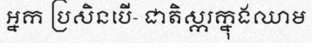
អ្នក ប្រសិនបើ- ជាតិស្ករក្នុងឈាម